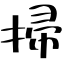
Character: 掃